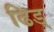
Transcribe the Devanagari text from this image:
ढिड्